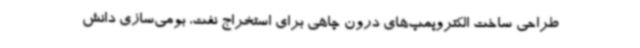
طراحی ساخت الکتروپمپ‌های درون چاهی برای استخراج نفت، بومی‌سازی دانش